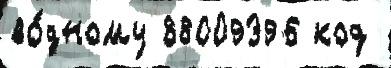
во́дному 88009396 код